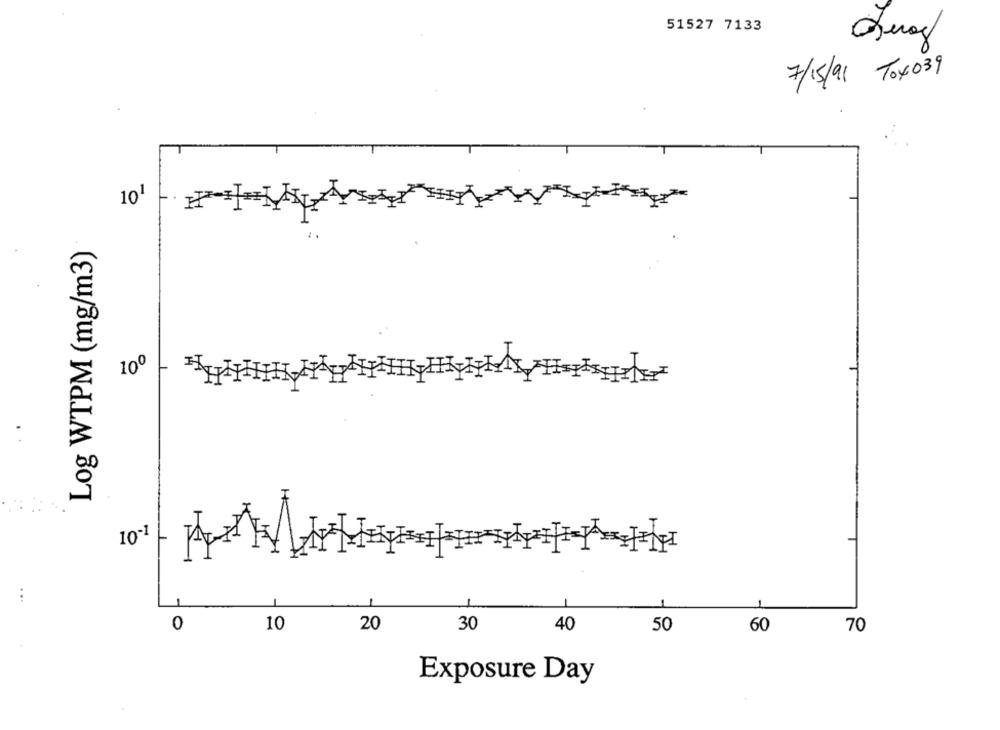
51527 7133
7/15/91 TO4039
101
Log WTPM (mg/m3)
10º
10-1
0
10
20
30
40
50
60
70
Exposure Day